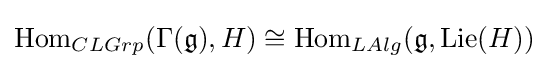
\mathrm {Hom} _{CLGrp}(\Gamma ({\mathfrak {g}}),H)\cong \mathrm {Hom} _{LAlg}({\mathfrak {g}},\operatorname {Lie} (H))